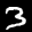
Label: 3